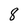
Character: 8